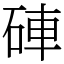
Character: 硨